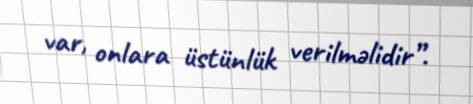
var, onlara üstünlük verilməlidir”.